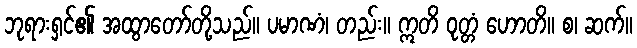
ဘုရားရှင်၏ အထွာတော်တို့သည်။ ပမာဏံ၊ တည်း။ ဣတိ ဝုတ္တံ ဟောတိ။ စ၊ ဆက်။